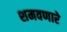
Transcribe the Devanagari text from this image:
शमवणारे